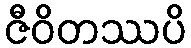
ဇီဝိတဿပိ